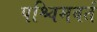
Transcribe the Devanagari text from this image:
पश्चिमवर्त